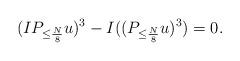
LaTeX: \begin{align*} (I P_{\leq \frac{N}{8}} u)^{3} - I((P_{\leq \frac{N}{8}} u)^{3}) = 0.\end{align*}